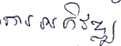
ការអភិវឌ្ឍ